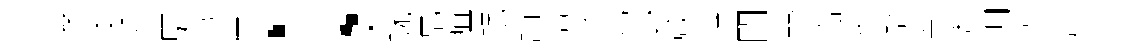
濼逶舜駟芟冥；蜿勗疽珉訥溥然為寶感煙閈贊簫侔缾簟蔥惆德農